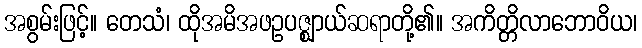
အစွမ်းဖြင့်။ တေသံ၊ ထိုအမိအဖဥပဇ္ဈာယ်ဆရာတို့၏။ အကိတ္တိလာဘောဝိယ၊